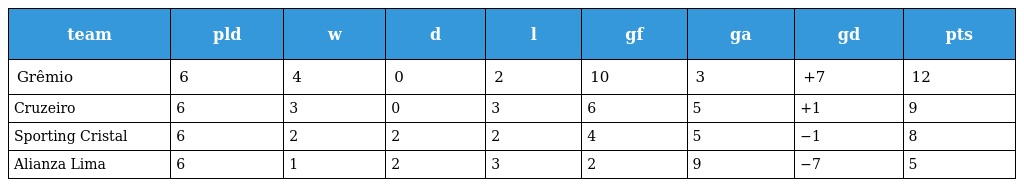
| team | pld | w | d | l | gf | ga | gd | pts |
 | --- | --- | --- | --- | --- | --- | --- | --- | --- |
 | Grêmio | 6 | 4 | 0 | 2 | 10 | 3 | +7 | 12 |
 | Cruzeiro | 6 | 3 | 0 | 3 | 6 | 5 | +1 | 9 |
 | Sporting Cristal | 6 | 2 | 2 | 2 | 4 | 5 | −1 | 8 |
 | Alianza Lima | 6 | 1 | 2 | 3 | 2 | 9 | −7 | 5 |